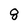
Character: 8